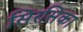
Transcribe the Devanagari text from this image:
सिरसिका